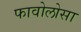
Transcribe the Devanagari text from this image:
फावोलोसा